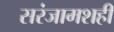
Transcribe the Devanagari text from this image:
सरंजामशही